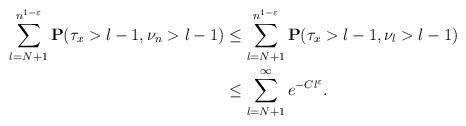
LaTeX: \begin{align*}\sum_{l=N+1}^{n^{1-\varepsilon}}\mathbf{P}(\tau_x>l-1,\nu_n>l-1)&\le \sum_{l=N+1}^{n^{1-\varepsilon}}\mathbf{P}(\tau_x>l-1,\nu_l>l-1)\\&\le \sum_{l=N+1}^{\infty} e^{-Cl^\varepsilon}.\end{align*}